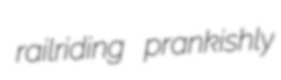
railriding prankishly